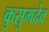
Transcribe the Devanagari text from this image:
कुसुमदेव